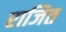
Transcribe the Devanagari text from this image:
राजित